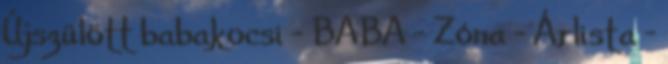
Újszülött babakocsi - BABA - Zóna - Árlista -